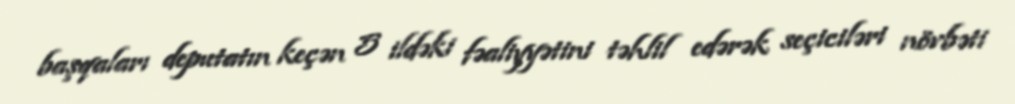
başqaları deputatın keçən 5 ildəki fəaliyyətini təhlil edərək seçiciləri növbəti